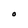
Character: O